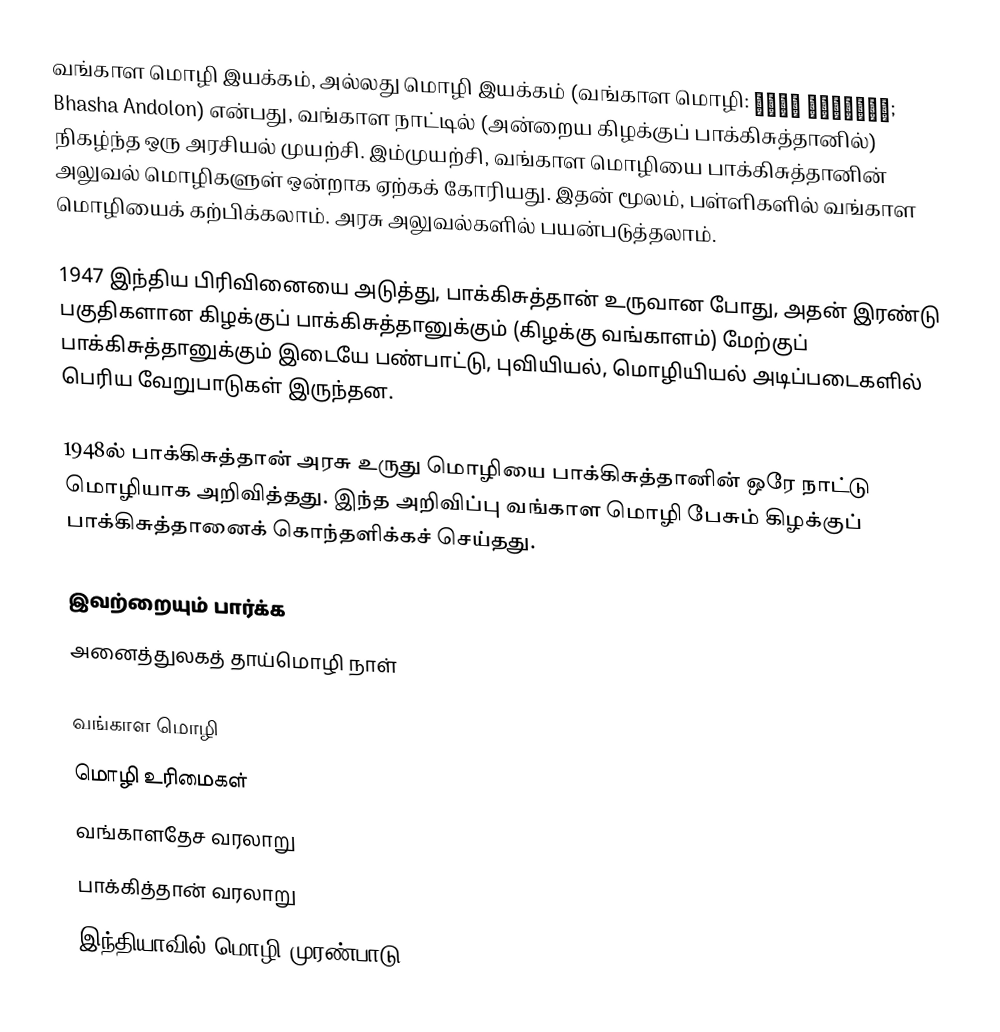
வங்காள மொழி இயக்கம், அல்லது மொழி இயக்கம் (வங்காள மொழி: ভাষা আন্দোলন; Bhasha Andolon) என்பது, வங்காள நாட்டில் (அன்றைய கிழக்குப் பாக்கிசுத்தானில்) நிகழ்ந்த ஒரு அரசியல் முயற்சி. இம்முயற்சி, வங்காள மொழியை பாக்கிசுத்தானின் அலுவல் மொழிகளுள் ஒன்றாக ஏற்கக் கோரியது. இதன் மூலம், பள்ளிகளில் வங்காள மொழியைக் கற்பிக்கலாம். அரசு அலுவல்களில் பயன்படுத்தலாம்.

1947 இந்திய பிரிவினையை அடுத்து, பாக்கிசுத்தான் உருவான போது, அதன் இரண்டு பகுதிகளான கிழக்குப் பாக்கிசுத்தானுக்கும் (கிழக்கு வங்காளம்) மேற்குப் பாக்கிசுத்தானுக்கும் இடையே பண்பாட்டு, புவியியல், மொழியியல் அடிப்படைகளில் பெரிய வேறுபாடுகள் இருந்தன.

1948ல் பாக்கிசுத்தான் அரசு உருது மொழியை பாக்கிசுத்தானின் ஒரே நாட்டு மொழியாக அறிவித்தது. இந்த அறிவிப்பு வங்காள மொழி பேசும் கிழக்குப் பாக்கிசுத்தானைக் கொந்தளிக்கச் செய்தது.

இவற்றையும் பார்க்க
 அனைத்துலகத் தாய்மொழி நாள்

வங்காள மொழி
மொழி உரிமைகள்
வங்காளதேச வரலாறு
பாக்கித்தான் வரலாறு
இந்தியாவில் மொழி முரண்பாடு